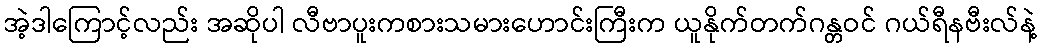
အဲ့ဒါကြောင့်လည်း အဆိုပါ လီဗာပူးကစားသမားဟောင်းကြီးက ယူနိုက်တက်ဂန္တဝင် ဂယ်ရီနဗီးလ်နဲ့